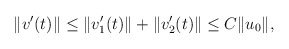
\begin{align*} \|v'(t)\| &\leq \|v_1'(t)\| + \|v_2'(t)\| \leq C\|u_0\|, \end{align*}